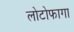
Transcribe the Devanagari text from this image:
लोटोफागा